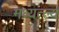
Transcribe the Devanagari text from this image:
मध्यत्ल्य